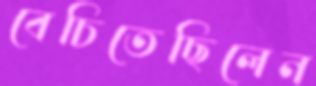
বেচিতেছিলেন